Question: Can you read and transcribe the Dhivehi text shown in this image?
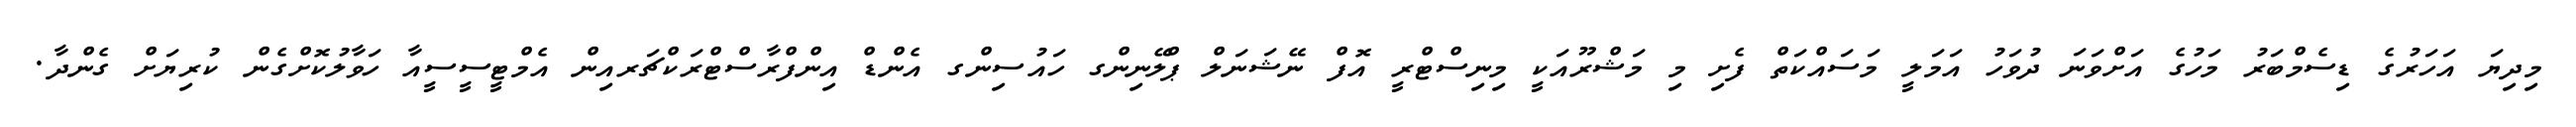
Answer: މިދިޔަ އަހަރުގެ ޑިސެމްބަރު މަހުގެ އަށްވަނަ ދުވަހު އަމަލީ މަސައްކަތް ފެށި މި މަޝްރޫއަކީ މިނިސްޓްރީ އޮފް ނޭޝަނަލް ޕްލޭނިންގ ހައުސިންގ އެންޑް އިންފްރާސްޓްރަކްޗަރއިން އެމްޓީސީސީއާ ހަވާލުކޮށްގެން ކުރިޔަށް ގެންދާ.